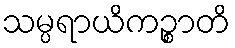
သမ္ပရာယိကဉ္စာတိ